Scientific memoirs by medical officers of the Army of India - Part V,
Year: 1890
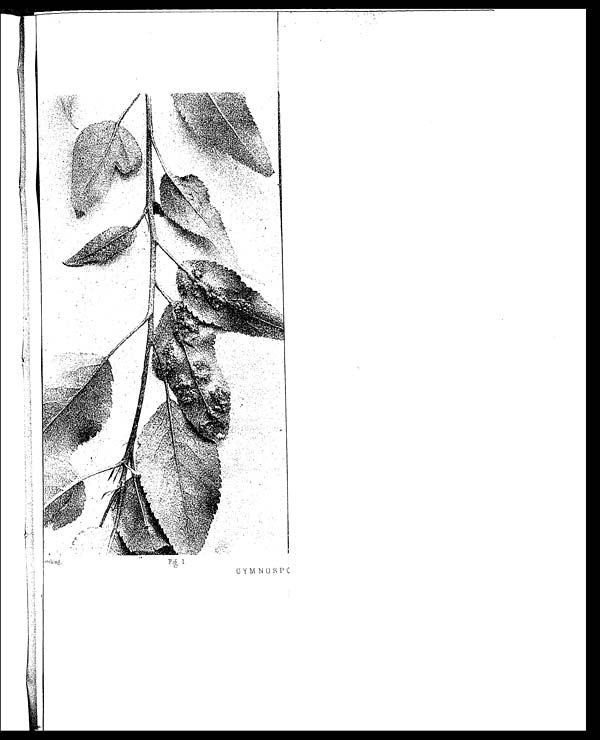
GYMNOSP<illegible>